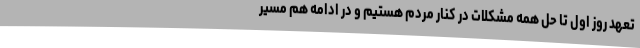
تعهد روز اول تا حل همه مشکلات در کنار مردم هستیم و در ادامه هم مسیر